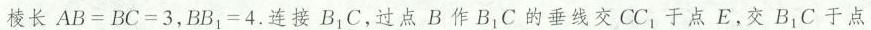
棱长$$A B = B C = 3$$，$$B B_{ 1 } = 4$$.连接B_{1}C，过点B作B_{1}C的垂线交CC_{1}于点E，交B_{1}C于点